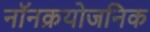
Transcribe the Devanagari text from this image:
नॉनक्रयोजनिक